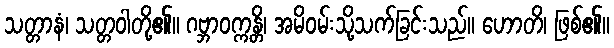
သတ္တာနံ၊ သတ္တဝါတို့၏။ ဂဗ္ဘာဝက္ကန္တိ၊ အမိဝမ်းသို့သက်ခြင်းသည်။ ဟောတိ၊ ဖြစ်၏။